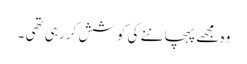
وہ مجھے پہچاننے کی کوشش کر رہی تھی ۔